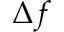
\Delta f